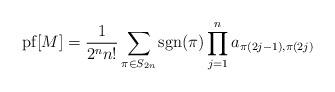
LaTeX: \begin{align*} {\rm pf}[M] = \frac{1}{2^n n!} \sum_{\pi \in S_{2n}} {\rm sgn}(\pi) \prod_{j=1}^n a_{\pi(2j-1), \pi(2j)}\end{align*}